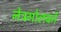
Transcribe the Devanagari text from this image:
नेत्रगोलकों